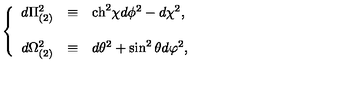
\left\{ \begin{array} { r c l } { d \Pi _ { ( 2 ) } ^ { 2 } } & { \equiv } & { \mathrm { c h } ^ { 2 } \chi d \phi ^ { 2 } - d \chi ^ { 2 } , } \\ { } & { } & { } \\ { d \Omega _ { ( 2 ) } ^ { 2 } } & { \equiv } & { d \theta ^ { 2 } + \sin ^ { 2 } { \theta } d \varphi ^ { 2 } , } \\ \end{array} \right.